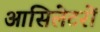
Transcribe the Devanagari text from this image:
आसिलेटरों